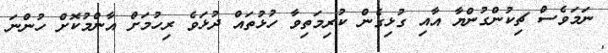
ނަމަވެސް ޗިކުންގުންޔާ އާއި ގުޅިގެން ކުރިމަތިވާ ހުޅުތައް ދުޅަވެ ރިހުމަށް އާންމުކޮށް ހުންނަ